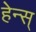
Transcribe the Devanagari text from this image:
हेन्स्